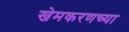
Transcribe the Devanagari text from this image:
खेमकरणच्या